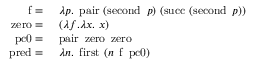
{ \begin{array} { r l } { \operatorname { f } = } & { \ \lambda p . \ \operatorname { p a i r } \ ( \operatorname { s e c o n d } \ p ) \ ( \operatorname { s u c c } \ ( \operatorname { s e c o n d } \ p ) ) } \\ { \operatorname { z e r o } = } & { \ ( \lambda f . \lambda x . \ x ) } \\ { \operatorname { p c 0 } = } & { \ \operatorname { p a i r } \ \operatorname { z e r o } \ \operatorname { z e r o } } \\ { \operatorname { p r e d } = } & { \ \lambda n . \ \operatorname { f i r s t } \ ( n \ \operatorname { f } \ \operatorname { p c 0 } ) } \end{array} }